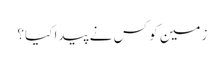
زمین کو کس نے پیدا کیا؟